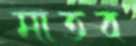
মাতব